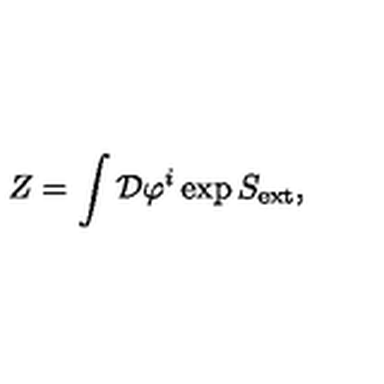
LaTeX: Z = \int { \cal D } \varphi ^ { i } \exp S _ { \mathrm { e x t } } ,